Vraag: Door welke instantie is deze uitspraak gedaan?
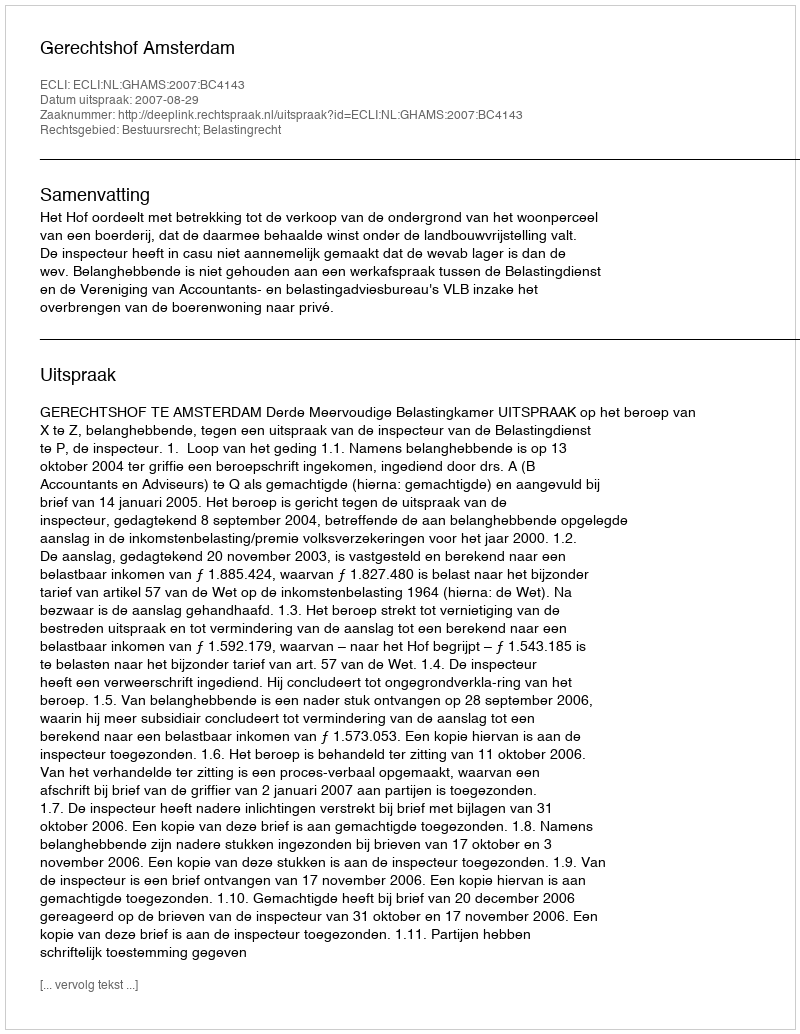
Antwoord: Gerechtshof Amsterdam